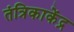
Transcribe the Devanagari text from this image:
तंत्रिकाकेंद्र